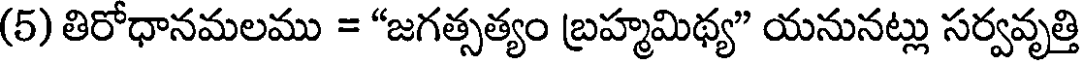
(5) తిరోధానమలము = "జగత్సత్యం బ్రహ్మమిథ్య" యనునట్లు సర్వవృత్తి